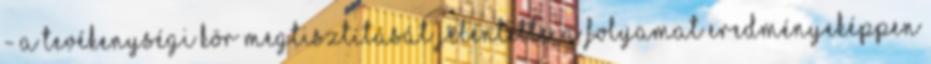
- a tevékenységi kör megtisztítását jelentette. A folyamat eredményeképpen